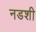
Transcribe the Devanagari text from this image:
नडशी